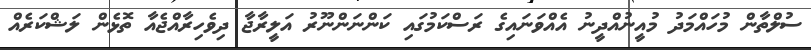
ސުލްތާން މުހައްމަދު މުއީނުއްދީނު އެއްވަނައިގެ ރަސްކަމުގައި ކަންނަންނޫރު އަލީރާޖާ ދިވެހިރާއްޖެއާ ތޮޅެން ލަޝްކަރެއް